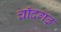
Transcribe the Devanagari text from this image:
चाँदगढ़